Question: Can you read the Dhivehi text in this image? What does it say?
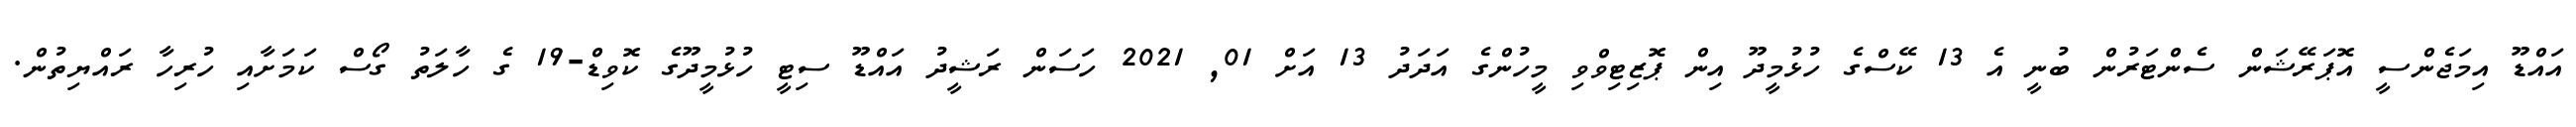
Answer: އައްޑޫ އިމަޖެންސީ އޮޕަރޭޝަން ސެންޓަރުން ބުނީ އެ 13 ކޭސްގެ ހުޅުމީދޫ އިން ޕޮޒިޓިވްވި މީހުންގެ އަދަދު 13 އަށް 01, 2021 ހަސަން ރަޝީދު އައްޑޫ ސިޓީ ހުޅުމީދޫގެ ކޮވިޑް-19 ގެ ހާލަތު ގޯސް ކަމަށާއި ހުރިހާ ރައްޔިތުން.